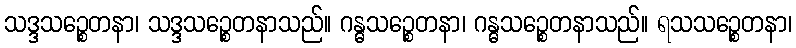
သဒ္ဒသဉ္စေတနာ၊ သဒ္ဒသဉ္စေတနာသည်။ ဂန္ဓသဉ္စေတနာ၊ ဂန္ဓသဉ္စေတနာသည်။ ရသသဉ္စေတနာ၊